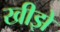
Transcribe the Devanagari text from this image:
खीझे